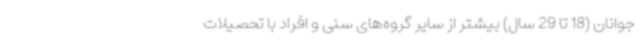
جوانان (18 تا 29 سال) بیشتر از سایر گروه‌های سنی و افراد با تحصیلات